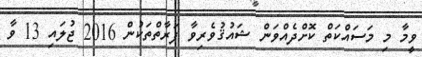
ވީމާ މި މަސައްކަތް ކޮށްދެއްވަން ޝައުޤުވެރިވާ ފަރާތްތަކުން 2016 ޖުލައި 13 ވާ